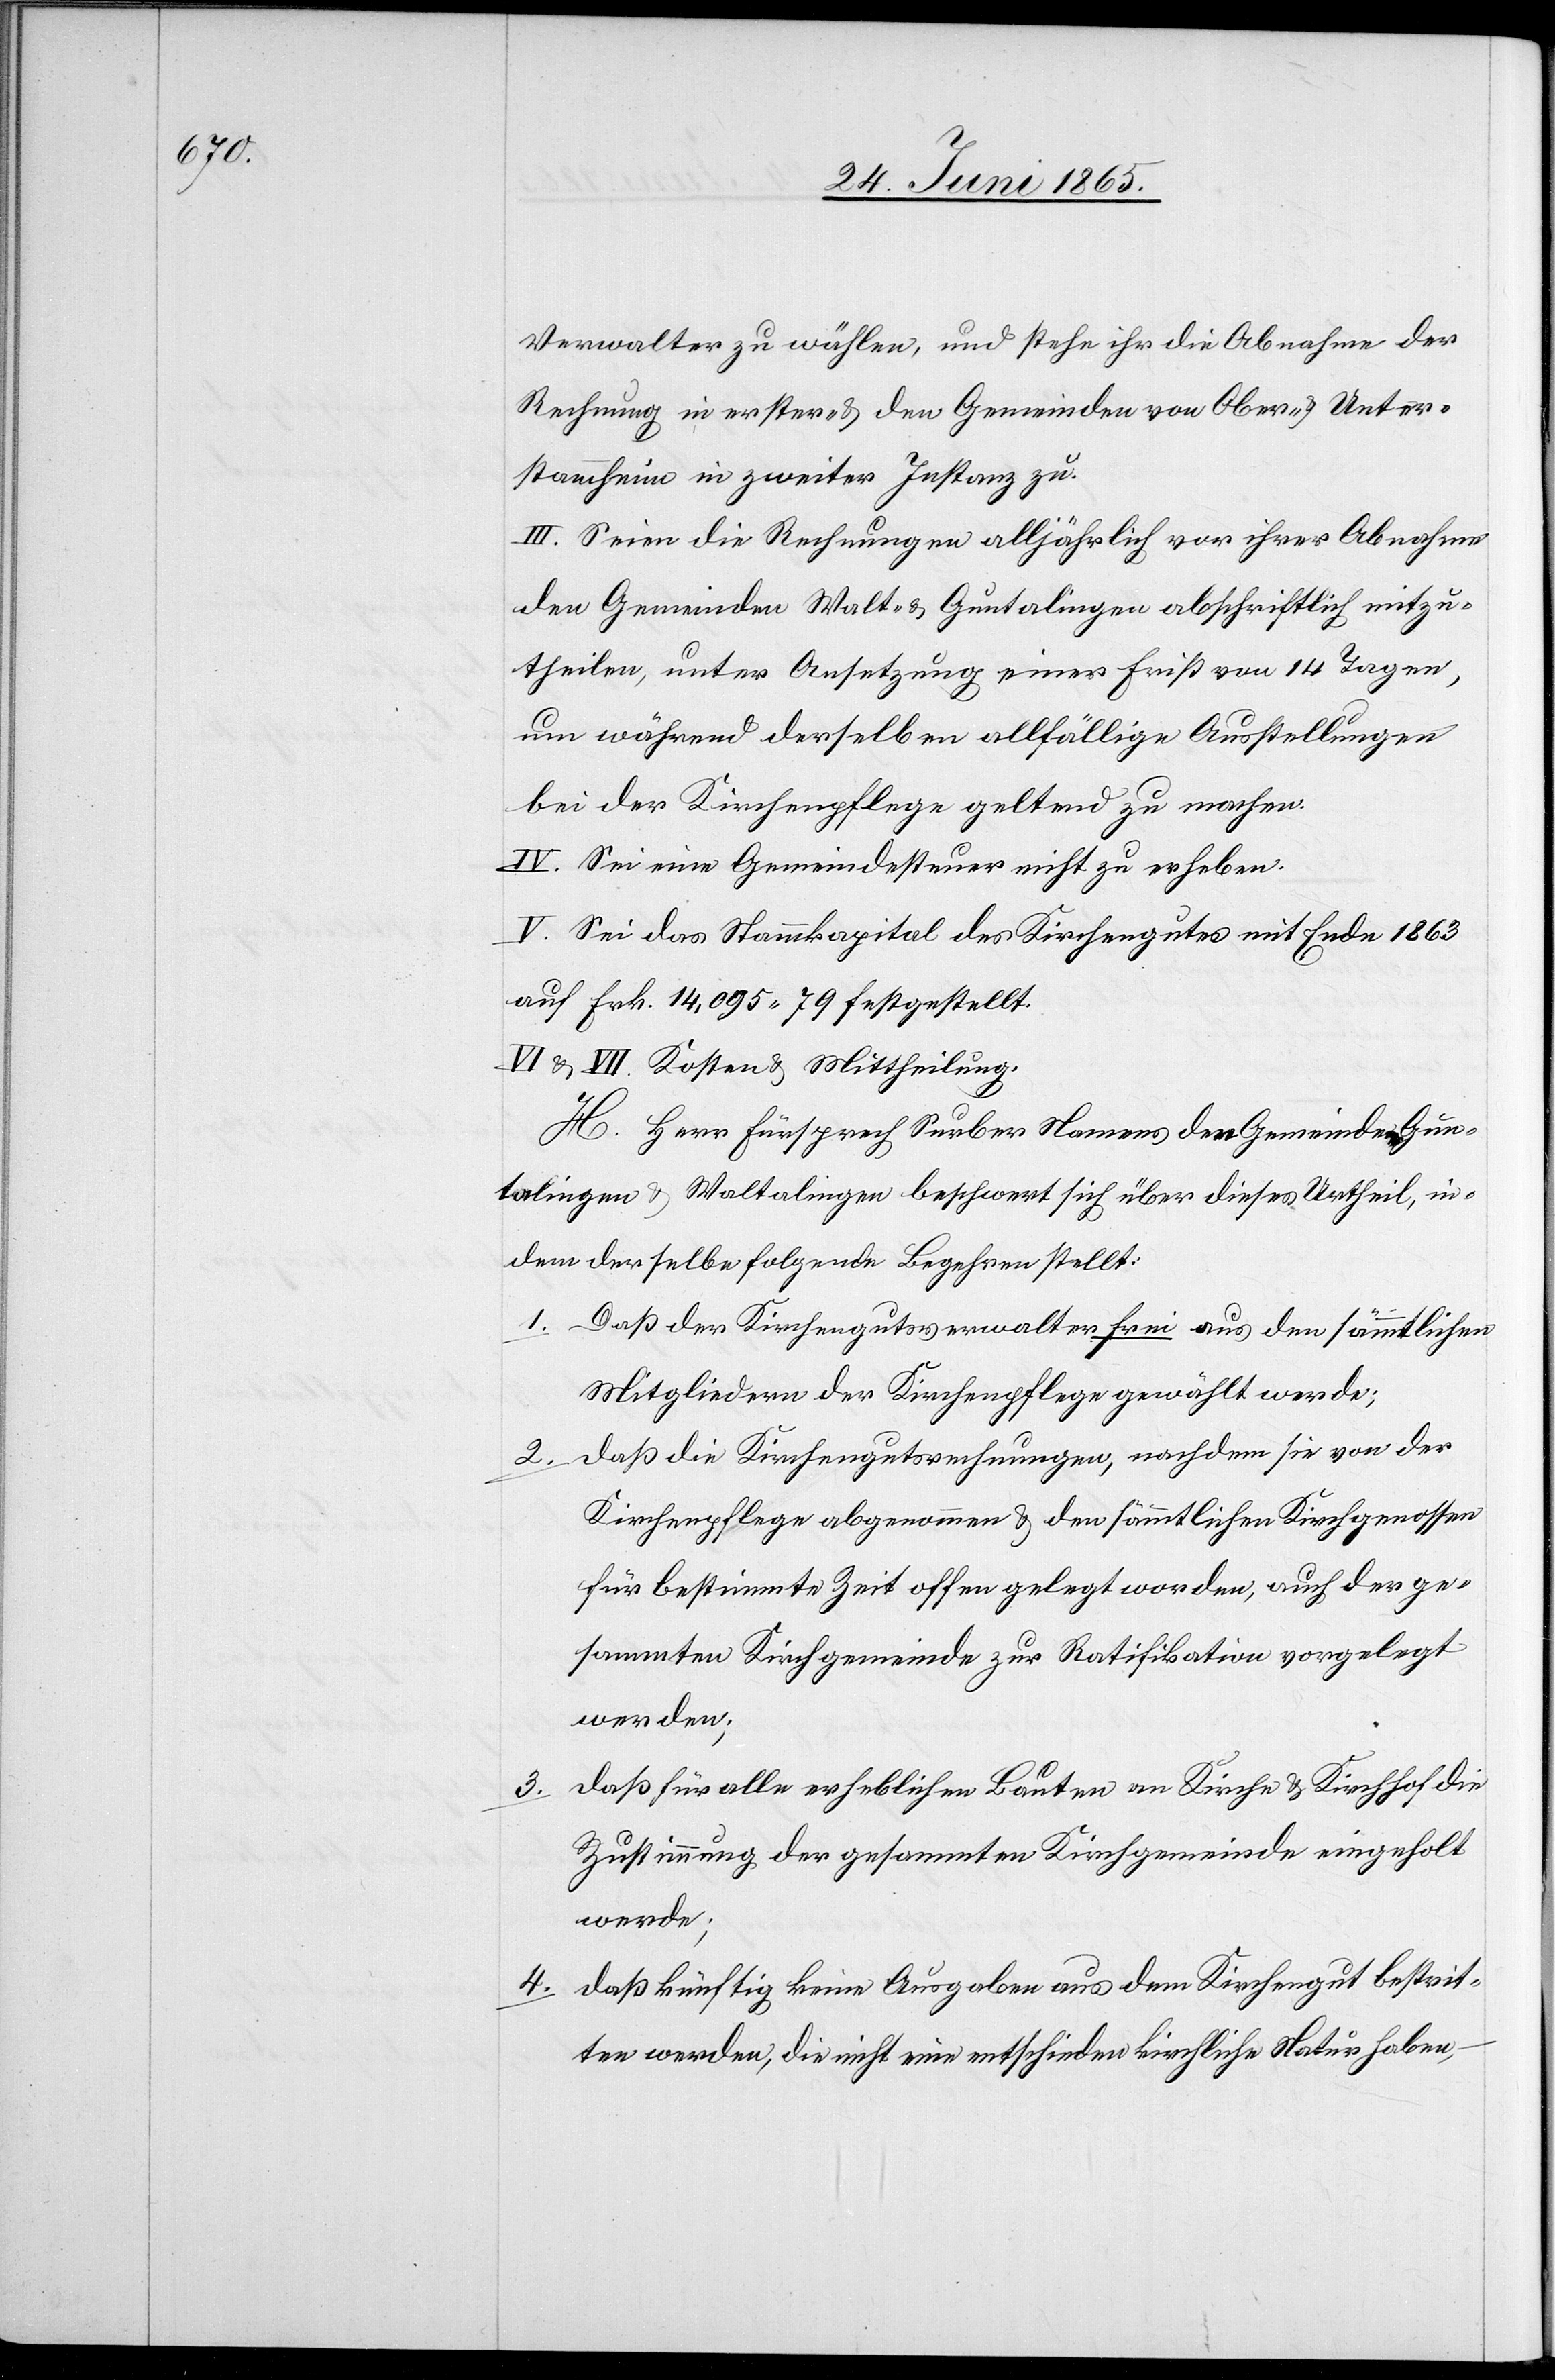
Verwalter zu wählen, und stehe ihr die Abnahme der
Rechnung in erster- & den Gemeinden von Ober- & Unter¬
stammheim in zweiter Instanz zu.
III. Seien die Rechnungen alljährlich vor ihrer Abnahme
den Gemeinden Walt- & Guntalingen abschriftlich mitzu¬
theilen, unter Ansetzung einer Frist von 14 Tagen,
um während derselben allfällige Ausstellungen
bei der Kirchenpflege geltend zu machen.
IV. Sei eine Gemeindesteuer nicht zu erheben.
V. Sei das Stammkapital des Kirchengutes mit Ende 1863
auf Frk. 14,095 79 festgestellt.
VI & VII. Kosten & Mittheilung.
H. Herr Fürsprech Surber Namens der Gemeinde Gun¬
talingen & Waltalingen beschwert sich über dieses Urtheil, in¬
dem derselbe folgende Begehren stellt:
1. Daß der Kirchengutsverwalter frei aus den sämmtlichen
Mitgliedern der Kirchenpflege gewählt werde;
2. daß die Kirchengutsrechnungen, nachdem sie von der
Kirchenpflege abgenommen & den sämmtlichen Kirchgenossen
für bestimmte Zeit offen gelegt worden, auch der ge¬
sammten Kirchgemeinde zur Ratifikation vorgelegt
werden;
3. daß für aller erheblichen Bauten an Kirche & Kirchhof die
Zustimmung der gesammten Kirchgemeinde eingeholt
werde;
daß künftig keine Ausgaben aus dem Kirchengut bestrit¬
4.
ten werden, die nicht eine entschieden kirchliche Natur haben,